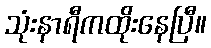
သုံးနာရီကထိုးနေပြီ။